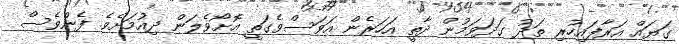
ގަޔައް އަރާފައިހުރި ތަދު ގަދަވަމުން ދާތީ އަހަރެން އަވަސްވެގަތީ އޮށޯވެލަން ދިއުމަށެވެ. ފެންވެސް